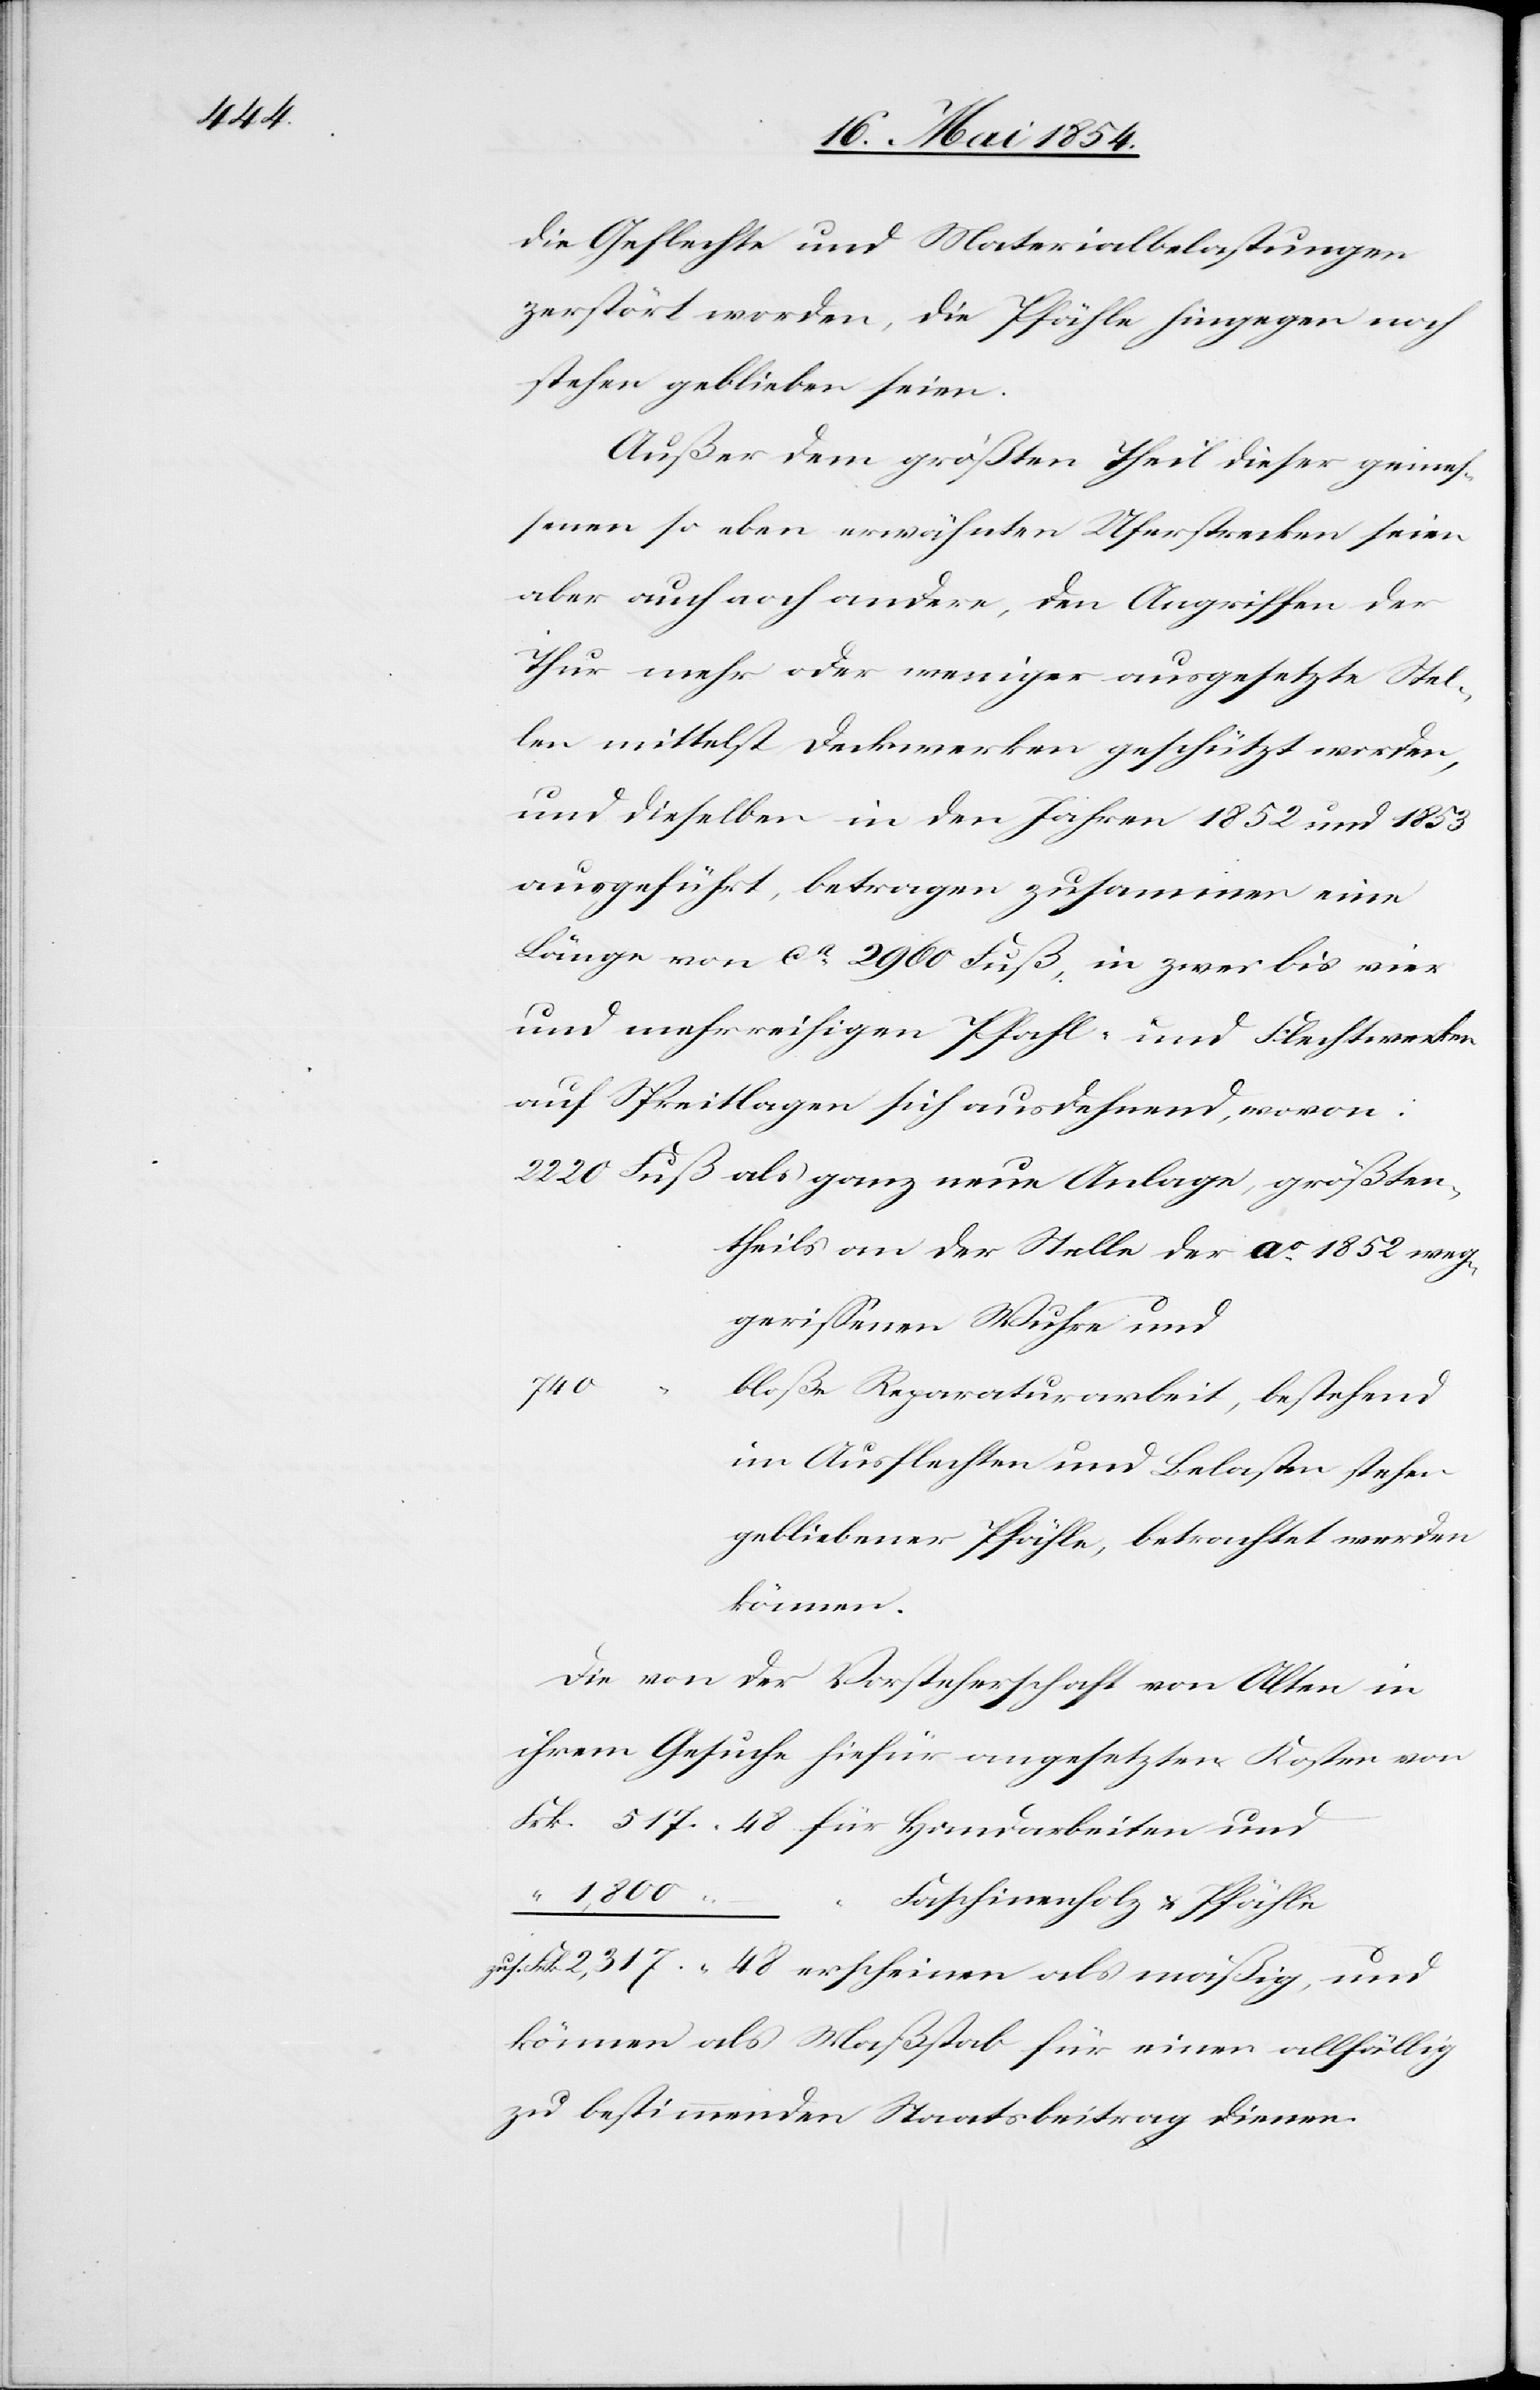
die Geflechte und Materialbelastungen
zerstört worden, die Pfähle hingegen noch
stehen geblieben seien.
Außer dem größten Theil dieser gewe¬
senen so eben erwähnten Uferstrecken seien
aber auch noch andere, den Angriffen der
Thur mehr oder weniger ausgesetzte Stel¬
len mittelst Deckwerken geschützt worden,
und dieselben in den Jahren 1852 und 1853
ausgeführt, betragen zusammen ein
Länge von ca 2960 Fuß, in zwei bis vier
und mehrreihigen Pfahl- und Flechtwerken
auf Spreitlagen sich ausdehnend, wovon:
als ganz neue Anlage größten¬
theils an der Stelle der Ao 1852 weg¬
gerißenen Wuhre und
740
bloße Reparaturarbeit, bestehend
im Ausflechten und belasten stehen
gebliebener Pfähle, betrachtet werden
können.
Die von der Vorsteherschaft von Alten in
ihrem Gesuche hiefür angesetzten Kosten von
Frk. 517. 48 für Handarbeiten und
1,800.–
Faschinenholz u. Pfähle
zus.
können als Maßstab für einen allfällig
zu bestimmenden Staatsbeitrag dienen.